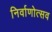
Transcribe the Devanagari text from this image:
निर्वाणोत्सव